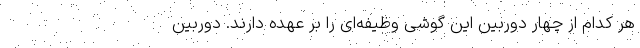
هر کدام از چهار دوربین این گوشی وظیفه‌ای را بر عهده دارند. دوربین